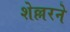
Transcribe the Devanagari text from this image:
शेल्लरने